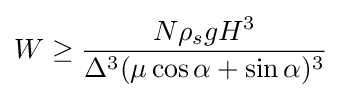
W\geq {\frac {N\rho _{s}gH^{3}}{\Delta ^{3}(\mu \cos \alpha +\sin \alpha )^{3}}}